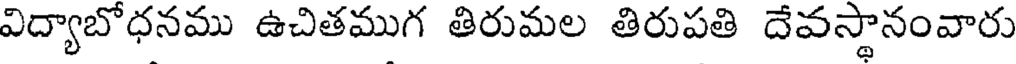
విద్యాబోధనము ఉచితముగ తిరుమల తిరుపతి దేవస్థానంవారు